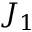
J _ { 1 }